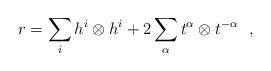
LaTeX: \begin{align*}r = \sum_{i} h^{i}\otimes h^{i} + 2\sum_{\alpha}t^{\alpha}\otimes t^{-\alpha} \ \ , \end{align*}